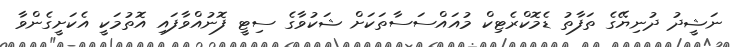
ނަޝީދު ދުނިޔޭގެ ތަފާތު ޑެމޮކްރެޓިކް މުއައްސަސާތަކަށް ޝަކުވާގެ ސިޓީ ފޮނުއްވާފައި އޮތުމަކީ އެކަށީގެންވާ